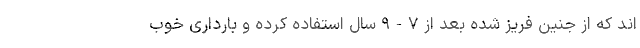
اند که از جنین فریز شده بعد از ۷-۹ سال استفاده کرده و بارداری خوب